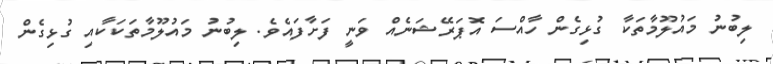
ލިބުނު މައުލޫމާތަކާ ގުޅިގެން ހާއްސަ އޮޕަރޭޝަނެއް ވަނީ ފަށާފައެވެ. ލިބުނު މައުލޫމާތަކަކާއި ގުޅިގެން